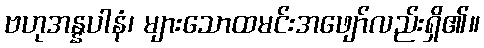
ဗဟုအန္နပါနံ၊ များသောထမင်းအဖျော်လည်းရှိ၏။